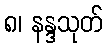
၈၊ နန္ဒသုတ်